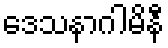
ဒေသနာဂါမိနီ